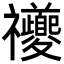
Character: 𥜶